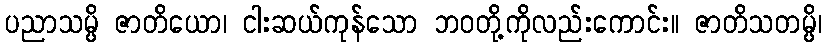
ပညာသမ္ပိ ဇာတိယော၊ ငါးဆယ်ကုန်သော ဘဝတို့ကိုလည်းကောင်း။ ဇာတိသတမ္ပိ၊